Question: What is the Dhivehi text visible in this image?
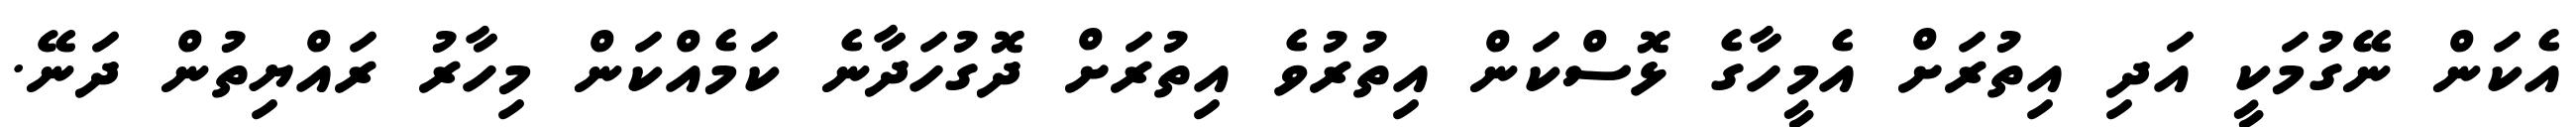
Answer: އެކަން ނޭގުމަކީ އަދި އިތުރަށް އެމީހާގެ ޅޮސްކަން އިތުރުވެ އިތުރަށް ދޮގުހަދާނެ ކަމެއްކަން މިހާރު ރައްޔިތުން ދަނޭ.